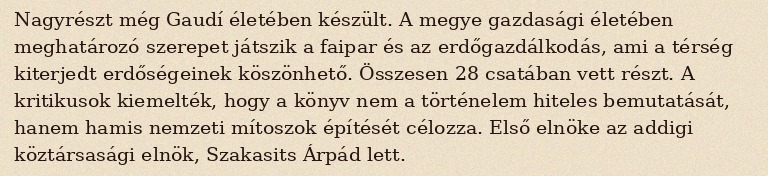
Nagyrészt még Gaudí életében készült. A megye gazdasági életében meghatározó szerepet játszik a faipar és az erdőgazdálkodás, ami a térség kiterjedt erdőségeinek köszönhető. Összesen 28 csatában vett részt. A kritikusok kiemelték, hogy a könyv nem a történelem hiteles bemutatását, hanem hamis nemzeti mítoszok építését célozza. Első elnöke az addigi köztársasági elnök, Szakasits Árpád lett.